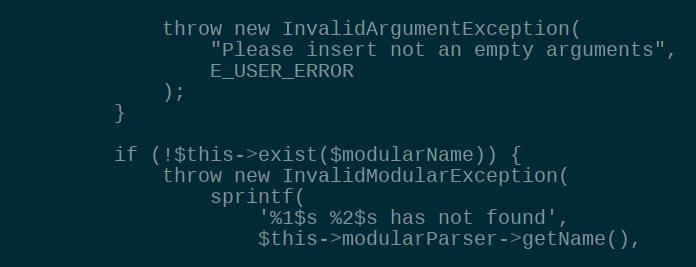
Language: PHP
            throw new InvalidArgumentException(
                "Please insert not an empty arguments",
                E_USER_ERROR
            );
        }

        if (!$this->exist($modularName)) {
            throw new InvalidModularException(
                sprintf(
                    '%1$s %2$s has not found',
                    $this->modularParser->getName(),